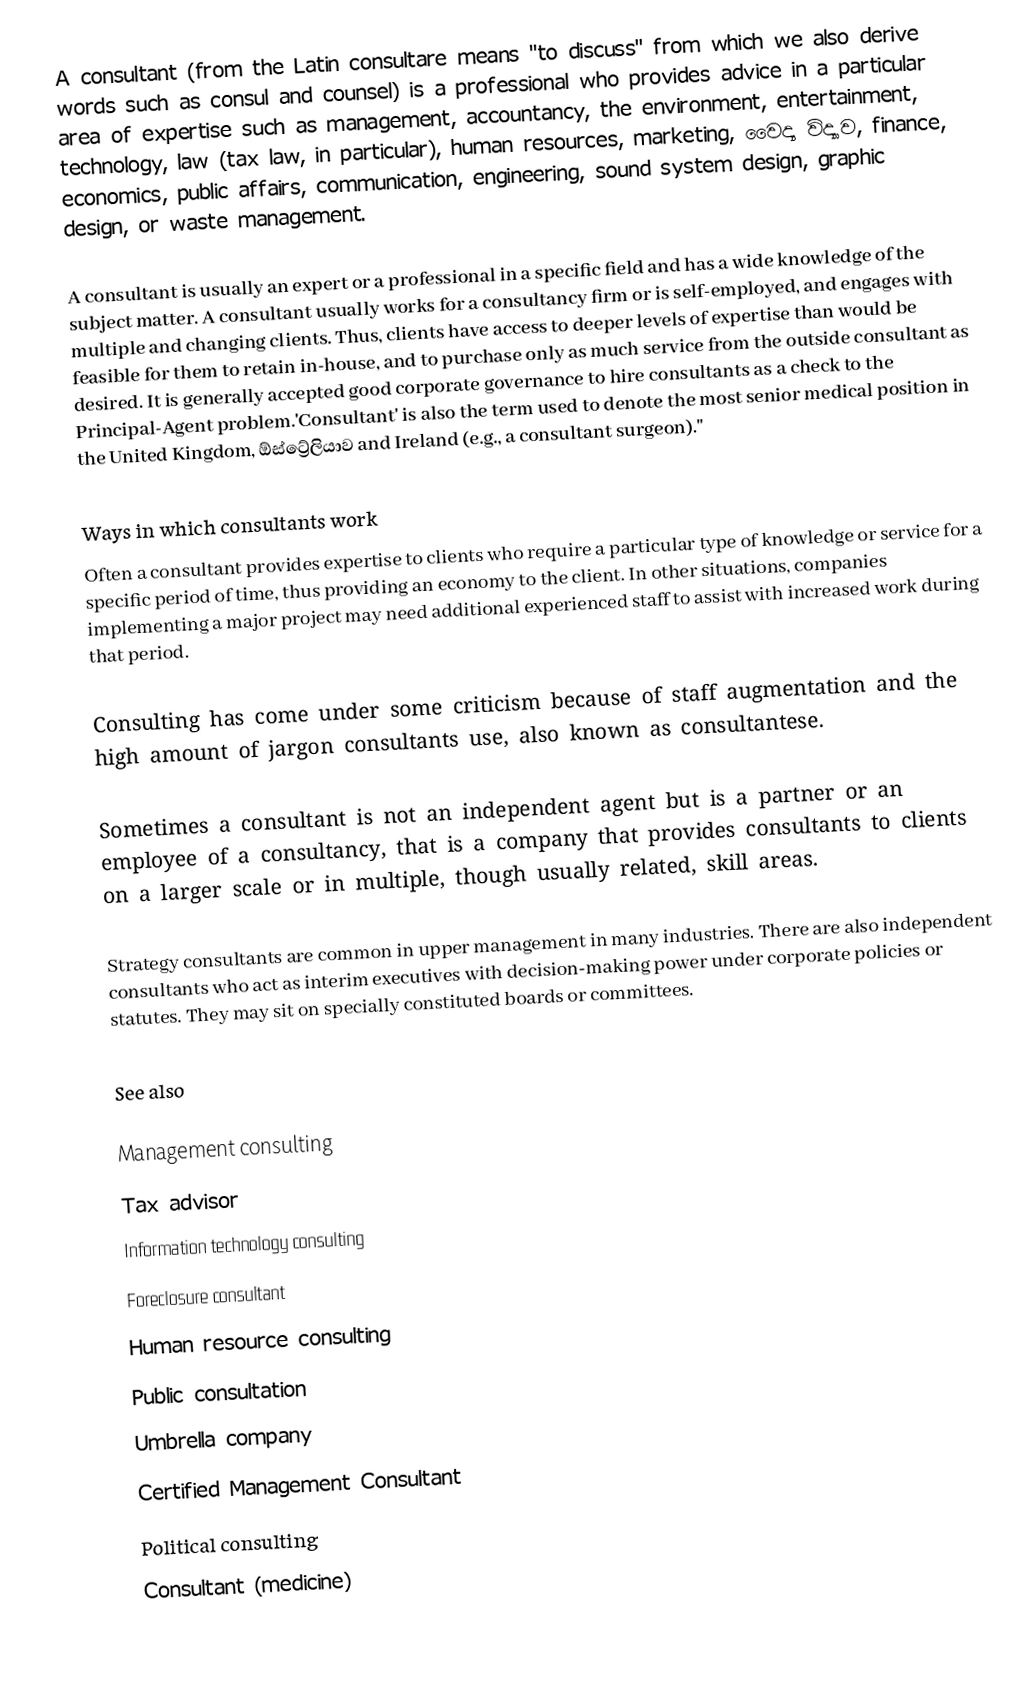
A consultant (from the Latin consultare means "to discuss" from which we also derive words such as consul and counsel) is a professional who provides advice in a particular area of expertise such as management, accountancy, the environment, entertainment, technology, law (tax law, in particular), human resources, marketing, වෛද්‍ය විද්‍යාව, finance, economics, public affairs, communication, engineering, sound system design, graphic design, or waste management.

A consultant is usually an expert or a professional in a specific field and has a wide knowledge of the subject matter. A consultant usually works for a consultancy firm or is self-employed, and engages with multiple and changing clients. Thus, clients have access to deeper levels of expertise than would be feasible for them to retain in-house, and to purchase only as much service from the outside consultant as desired. It is generally accepted good corporate governance to hire consultants as a check to the Principal-Agent problem.'Consultant' is also the term used to denote the most senior medical position in the United Kingdom, ඕස්ට්‍රේලියාව and Ireland (e.g., a consultant surgeon).''

Ways in which consultants work
Often a consultant provides expertise to clients who require a particular type of knowledge or service for a specific period of time, thus providing an economy to the client. In other situations, companies implementing a major project may need additional experienced staff to assist with increased work during that period.

Consulting has come under some criticism because of staff augmentation and the high amount of jargon consultants use, also known as consultantese.

Sometimes a consultant is not an independent agent but is a partner or an employee of a consultancy, that is a company that provides consultants to clients on a larger scale or in multiple, though usually related, skill areas.

Strategy consultants are common in upper management in many industries. There are also independent consultants who act as interim executives with decision-making power under corporate policies or statutes. They may sit on specially constituted boards or committees.

See also

Management consulting
Tax advisor
Information technology consulting
Foreclosure consultant
Human resource consulting
Public consultation
Umbrella company
Certified Management Consultant
Political consulting
Consultant (medicine)